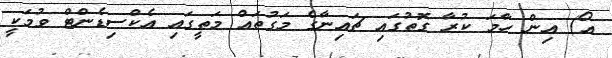
އޯ) އިން ހާމަ ކުރާ ގޮތުގައި ޗައިނާގެ މަގުތައް މަތީގައި އެކްސިޑެންޓް ވުމަކީ